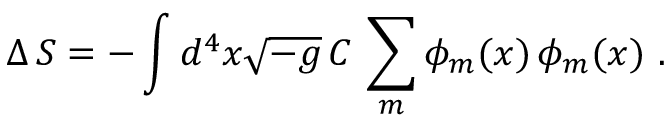
\Delta \, S = - \int d ^ { 4 } x \sqrt { - g } \, C \, \sum _ { m } \phi _ { m } ( x ) \, \phi _ { m } ( x ) \, \, .